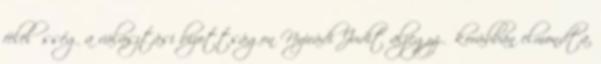
felelősség a választási bizottságon Nyirádi Judit aljegyző korábban elmondta,